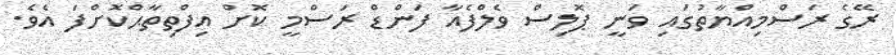
ރޭގެ ރަސްމިއްޔާތުގައި ވަނީ ޕޮލިސް ވެލްފެއާ ފަންޑް ރަސްމީ ކޮށް އިފްތިތާޙްކޮށްފަ އެވެ.